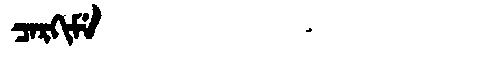
Manchu: ᠴᠠᡵᡴᡳᠮᡝ
Romanization: CARKIME